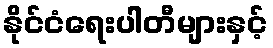
နိုင်ငံရေးပါတီများနှင့်